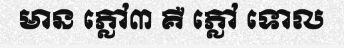
មាន ភ្លៅ៣ គឺ ភ្លៅ ទោល